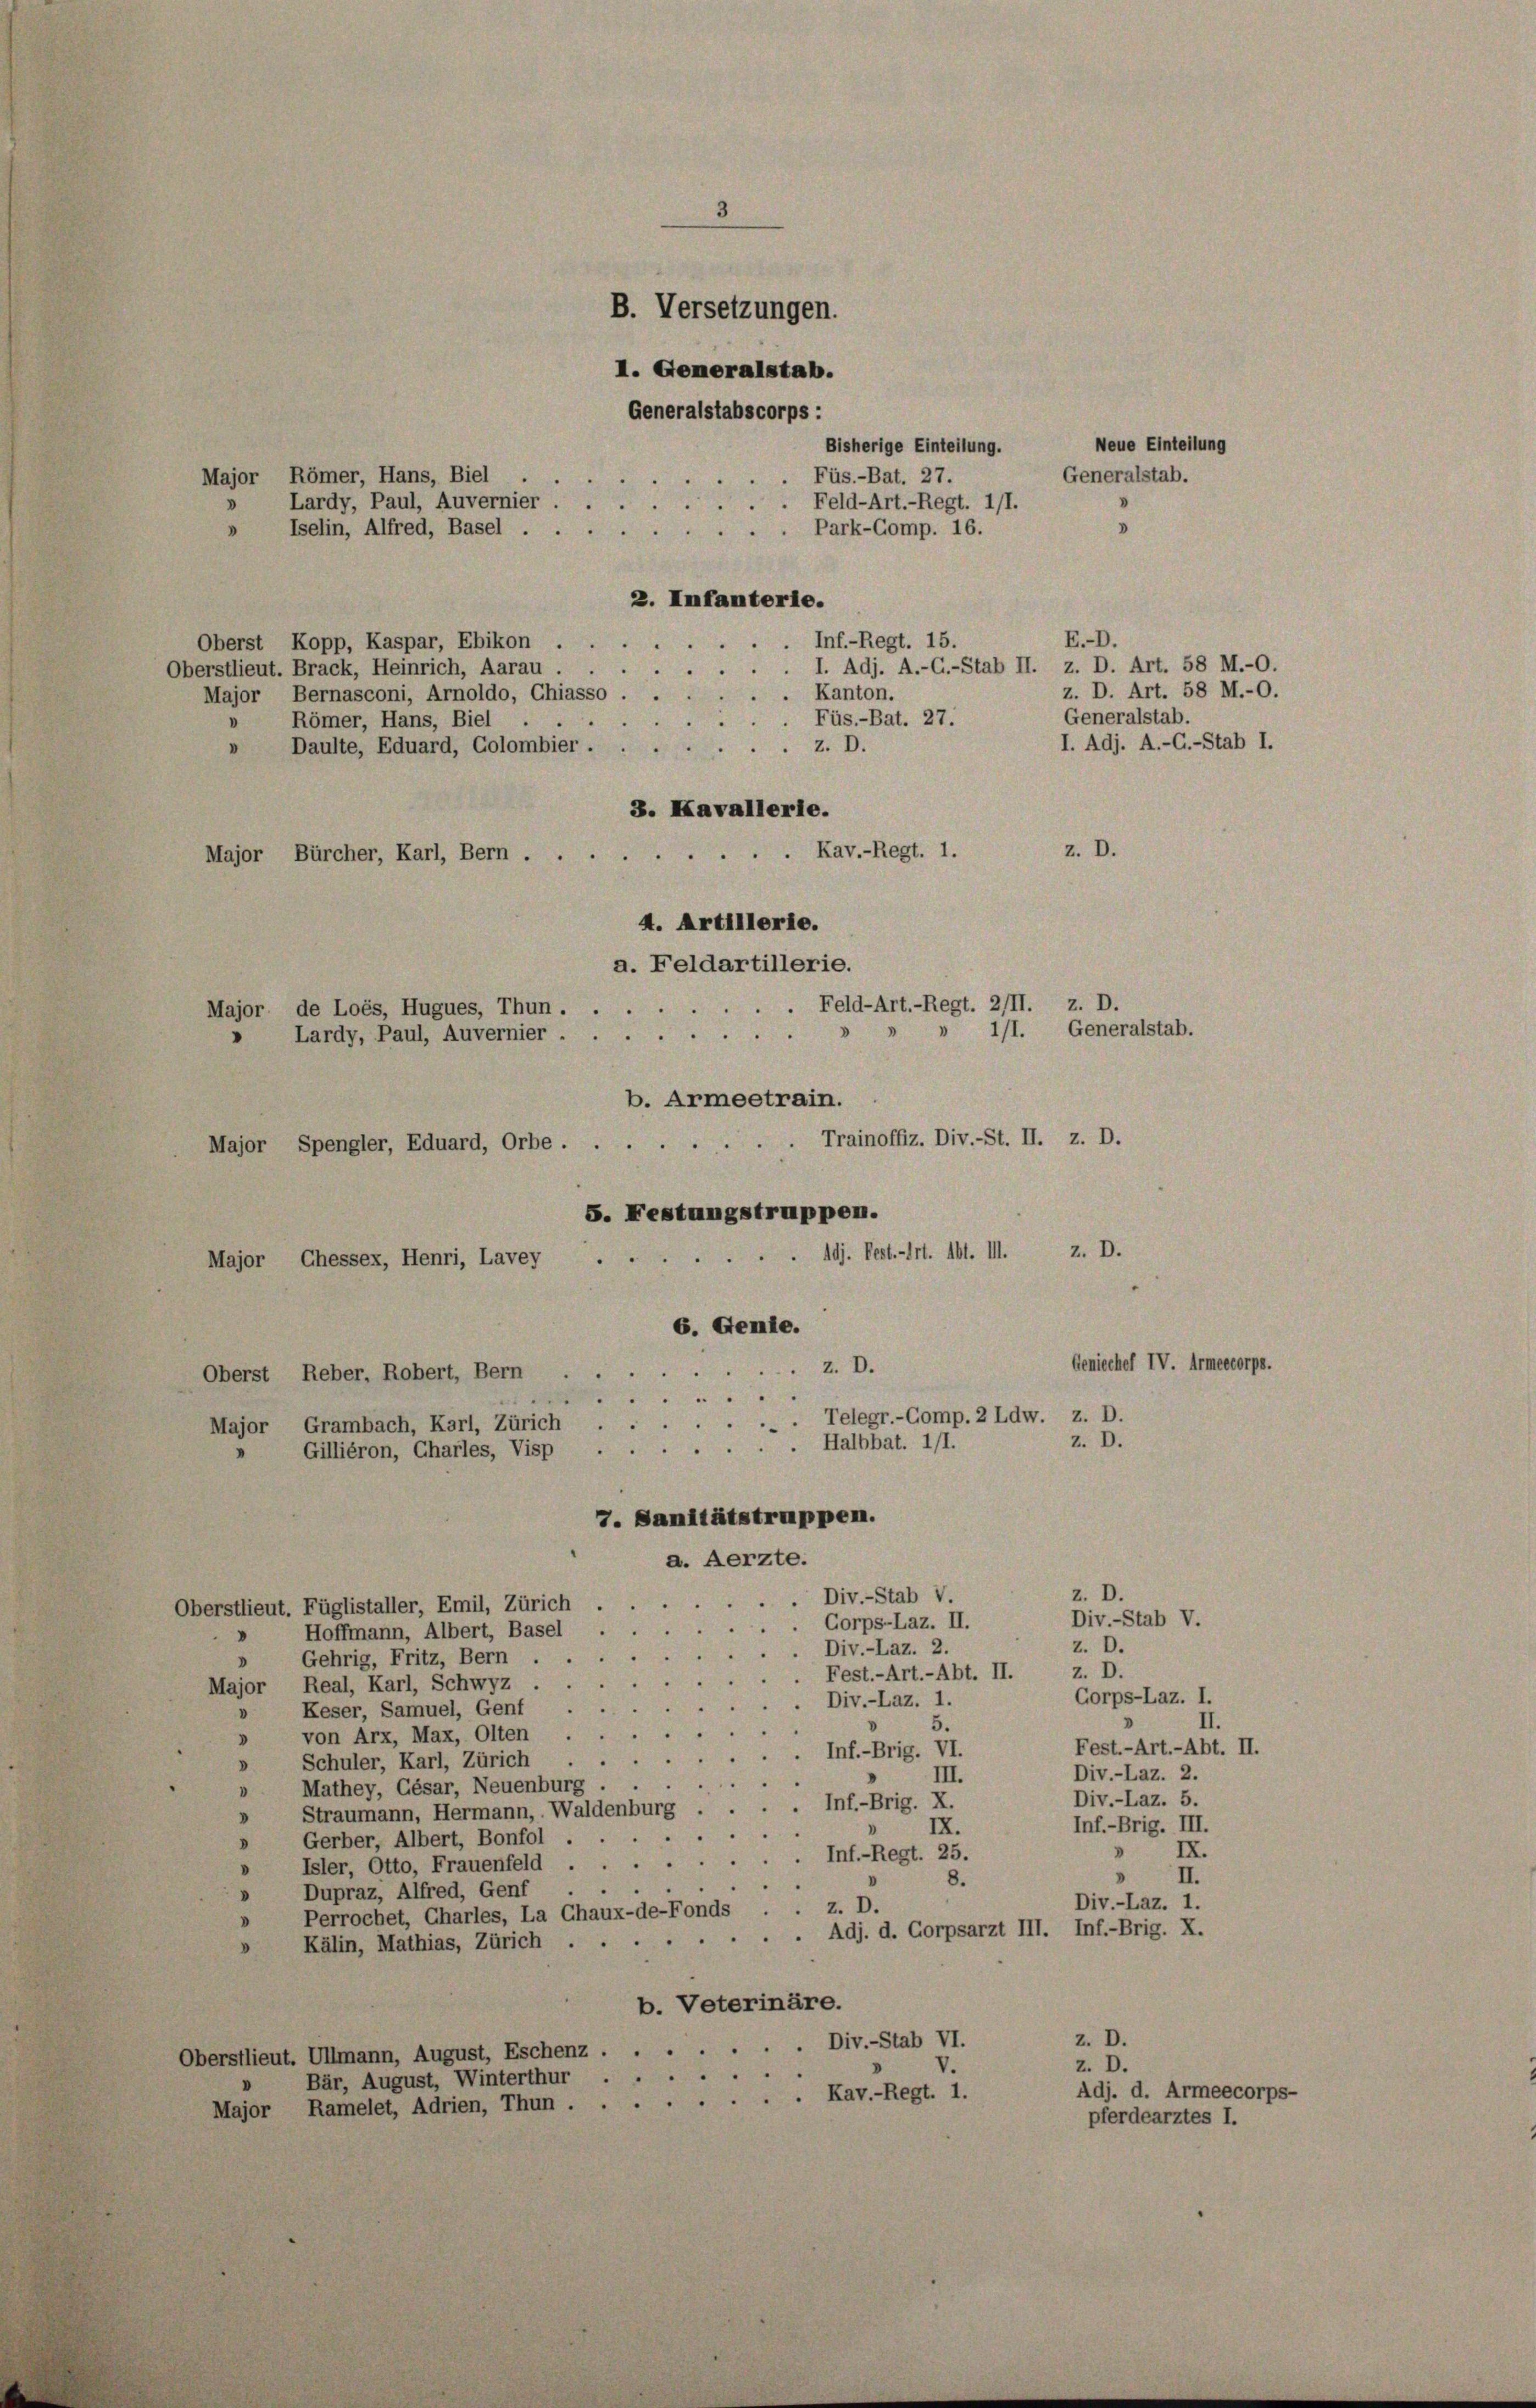
Major Römer, Hans, Biel
Oberst Kopp, Kaspar, Ebikon .
Oberstlieut. Brack, Heinrich, Aarau
Major Bernasconi, Arnoldo, Chiasso . .
Römer, Hans, Biel
Daulte, Eduard, Golombier . .
Major Bürcher, Karl, Bern

d

3

Lardy, Paul, Auvernier

. Feld-Art.-Regt. 2/II. z. D.
Major de Loés, Hugues, Thun.
z. D.
Adj. Pest. - Art. Abt. III.
Major Chessex, Henri, Lavey
6. Genie.
z. D.
Oberst Reber, Robert, Bern
.. .. . .
e
Telegr.-Comp. 2 Ldw. z. D.
Major, Grambach, Karl, Zürich
z. D.
Halbbat. 1/1.
Gilliéron, Charles, Visp
7. Sanitätstruppen.
a. Aerzte.

Bisherige Einteilung.
Füs.-Bat. 27.
Feld-Art.-Regt. 111.
Iselin, Alfred, Basel. Park-Comp. 16.

B. Versetzungen.
I. Generalstab.
Generalstabscorps:

4. Artillerie.
a. Feldartillerie.
» Lardy, Paul, Auvernier
b. Armeetrain.
Major Spengler, Eduard, Orbe........ Trainoffiz. Div.-St. II. z. D.
5. Festungstruppen.

2. Infanterie.
Inf.-Regt. 15.

E.-D.
I. Adj. A.-C.-Stab II. z. D. Art. 58 M.-O.
Kanton.
Füs.-Bat. 27.
z. D.
3. Kavallerie.
z. D.
Kav.-Regt. 1.

d

z. D.
Div.-Stab V.
z. D.
z. D.
Corps-Laz. I.
II.
Fest.- Art. - Abt. II.

Neue Einteilung
Generalstab.

z. D. Art. 58 M.-O.
Generalstab.
I. Adj. A.-C.-Stab I.

1/1. Generalstab.

Geniechef IV. Armeecorp

Div.-Stab V.
Oberstlieut. Füglistaller, Emil, Zürich
Gorps-Laz. II.
Hoffmann, Albert, Basel
.Div.-Laz. 2.
Gehrig, Fritz, Bern
. Fest.-Art.-Abt. II.
Major Real, Karl, Schwyz
.Div.-Laz. 1.
» Keser, Samuel, Genf
5.
.
von Arx, Max, Olten
V
.Inf.-Brig. VI.
Schuler, Karl, Zürich
d
III.
» Mathey, Gésar, Neuenburg
.Inf.-Brig. X.
Straumann, Hermann, Waldenbi
"
Inf.-Brig. III.
IX.
Gerber, Albert, Bonfol
d
XX.
Inf.-Regt. 25.
Isler, Otto, Frauenfeld
» II.
8.
Dupraz, Alfred, Genf
Div.-Laz. 1.
z. D.
Perrochet, Charles, La Chaux-de-Fonds
.. Adj. d. Corpsarzt III. Inf.-Brig. X.
Kälin, Mathias, Zürich
b. Veterinäre.
z. D.
Oberstlieut. Ullmann, August, Eschenz Div.-Stab VI.
z. D.
d
Bär, August, Winterthur
Adj. d. Armeecorps-
Major Ramelet, Adrien, Thun. Kav.-Regt. 1.
pferdearztes I.

Div.-Laz. 2.
Div.-Laz. 5.